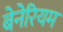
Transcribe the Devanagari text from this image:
बेनेरियम